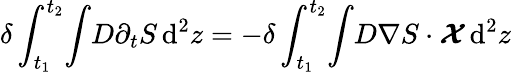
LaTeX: \delta\int_{t_{1}}^{t_{2}}\! \int\! D\partial_{t}S\, \mathrm{d}^{2}z=-\delta\int_{t_{1}}^{t_{2}}\! \int\! D\nabla S\cdot\boldsymbol{\cal X}\, \mathrm{d}^{2}z